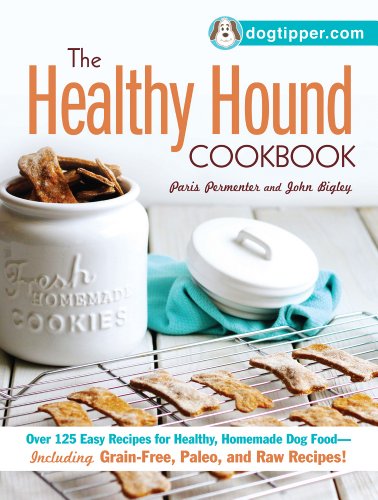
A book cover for The Healthy Hound Cookbook: Over 125 Easy Recipes for Healthy, Homemade Dog Food--Including Grain-Free, Paleo, and Raw Recipes!; Paris Permenter; Crafts, Hobbies & Home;